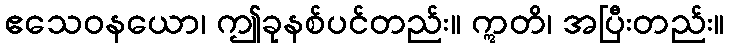
ဧသေဝနယော၊ ဤခုနစ်ပင်တည်း။ ဣတိ၊ အပြီးတည်း။